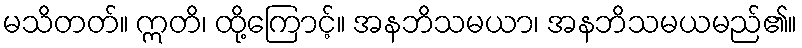
မသိတတ်။ ဣတိ၊ ထို့ကြောင့်။ အနဘိသမယာ၊ အနဘိသမယမည်၏။